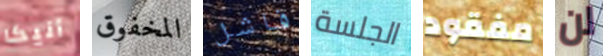
أنيكا المخفوق فاشل الجلسة مفقود لن